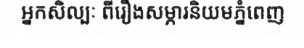
អ្នកសិល្បៈ ពីរឿងសម្ភារនិយមភ្នំពេញ